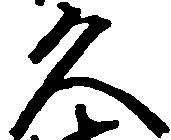
久